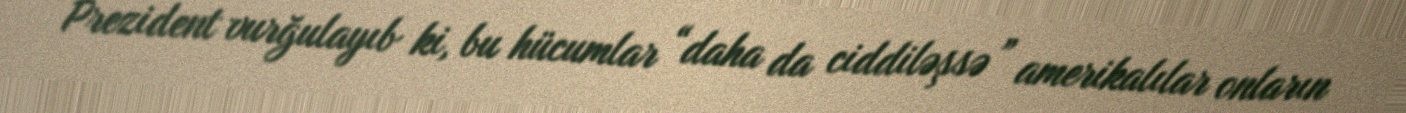
Prezident vurğulayıb ki, bu hücumlar “daha da ciddiləşsə” amerikalılar onların